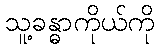
သူ့ခန္ဓာကိုယ်ကို